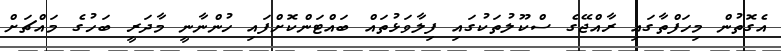
އެގޮތުން މިހަފްތާގައި ރާއްޖޭގެ ސްކޫލުތަކުގައި ފިލާވަޅުތައް ބައްޓަންކޮށްފައި ހުންނާނީ މާދަރީ ބަހުގެ މައްޗަށް